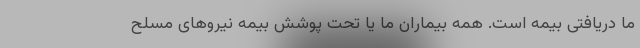
ما دریافتی بیمه است. همه بیماران ما یا تحت پوشش بیمه نیروهای مسلح